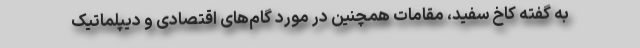
به گفته کاخ سفید، مقامات همچنین در مورد گام‌های اقتصادی و دیپلماتیک